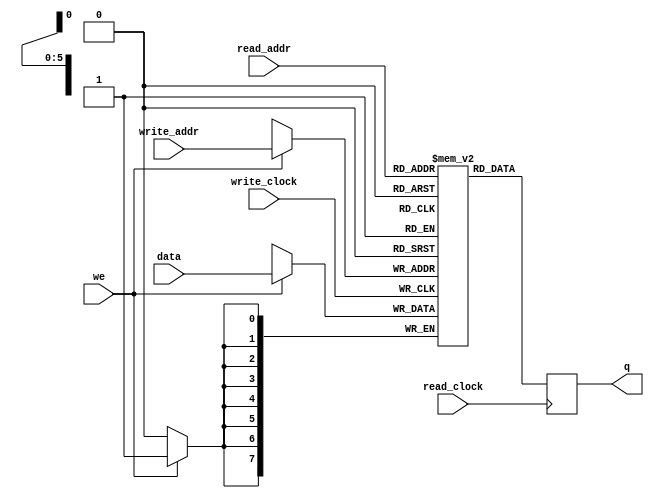
// Quartus II Verilog Template
// Simple Dual Port RAM with separate read/write addresses and
// separate read/write clocks

module infer_simple_dual_port_ram_dual_clock
#(parameter DATA_WIDTH=8, parameter ADDR_WIDTH=6)
(
	input [(DATA_WIDTH-1):0] data,
	input [(ADDR_WIDTH-1):0] read_addr, write_addr,
	input we, read_clock, write_clock,
	output reg [(DATA_WIDTH-1):0] q
);
	
	// Declare the RAM variable
	reg [DATA_WIDTH-1:0] ram[2**ADDR_WIDTH-1:0];
	
	always @ (posedge write_clock)
	begin
		// Write
		if (we)
			ram[write_addr] <= data;
	end
	
	always @ (posedge read_clock)
	begin
		// Read 
		q <= ram[read_addr];
	end
	
endmodule